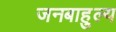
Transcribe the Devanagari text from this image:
जनबाहुल्य